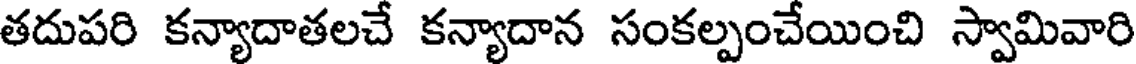
తదుపరి కన్యాదాతలచే కన్యాదాన సంకల్పంచేయించి స్వామివారి